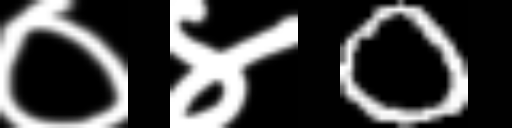
Text: ०४0